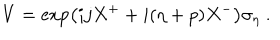
V = \exp \left( i j X ^ { + } + i ( \eta + p ) X ^ { - } \right) \sigma _ { \eta } ~ .